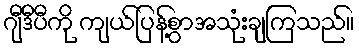
ဂျီဒီပီကို ကျယ်ပြန့်စွာအသုံးချကြသည်။